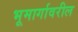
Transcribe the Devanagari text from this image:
भूमार्गावरील